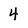
Character: 4